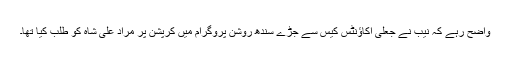
واضح رہے کہ نیب نے جعلی اکاؤنٹس کیس سے جڑے سندھ روشن پروگرام میں کرپشن پر مراد علی شاہ کو طلب کیا تھا۔